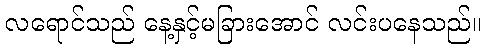
လရောင်သည် နေ့နှင့်မခြားအောင် လင်းပနေသည်။